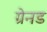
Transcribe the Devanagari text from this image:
ग्रेनड